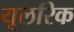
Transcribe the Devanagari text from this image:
यूलरिक